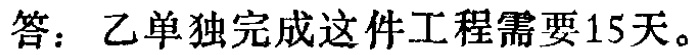
答：乙单独完成这件工程需要15天。